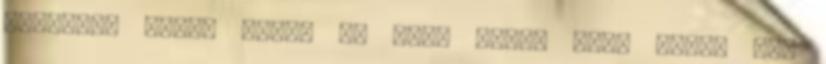
gyereket nálam amúgy is nagy para, mert engem 3-4